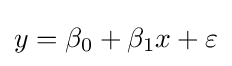
y=\beta _{0}+\beta _{1}x+\varepsilon